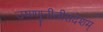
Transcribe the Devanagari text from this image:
उष्ण्णुनीलीसंदेशम्